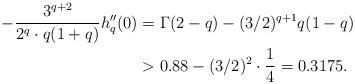
LaTeX: \begin{align*}-\frac{3^{q+2}}{2^q\cdot q(1+q)} h_q''(0) &= \Gamma(2-q) - (3/2)^{q+1}q(1-q) \\&> 0.88 - (3/2)^2\cdot \frac{1}{4} = 0.3175.\end{align*}